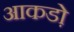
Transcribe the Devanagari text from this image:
आकडो़